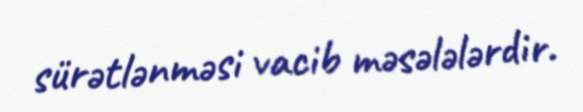
sürətlənməsi vacib məsələlərdir.